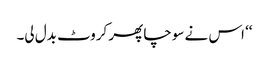
‘‘ اس نے سوچا پھر کروٹ بدل لی۔